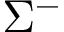
\Sigma ^ { - }